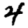
Digit: 4